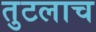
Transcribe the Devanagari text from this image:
तुटलाच